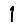
Digit: 1